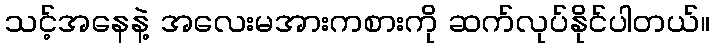
သင့်အနေနဲ့ အလေးမအားကစားကို ဆက်လုပ်နိုင်ပါတယ်။